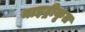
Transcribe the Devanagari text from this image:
नाइट्रीकृत